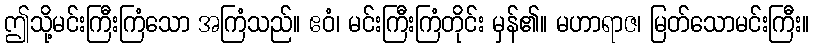
ဤသို့မင်းကြီးကြံသော အကြံသည်။ ဧဝံ၊ မင်းကြီးကြံတိုင်း မှန်၏။ မဟာရာဇ၊ မြတ်သောမင်းကြီး။